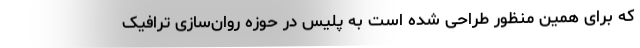
که برای همین منظور طراحی شده است به پلیس در حوزه روان‌سازی ترافیک